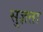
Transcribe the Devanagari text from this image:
सुज्ञता